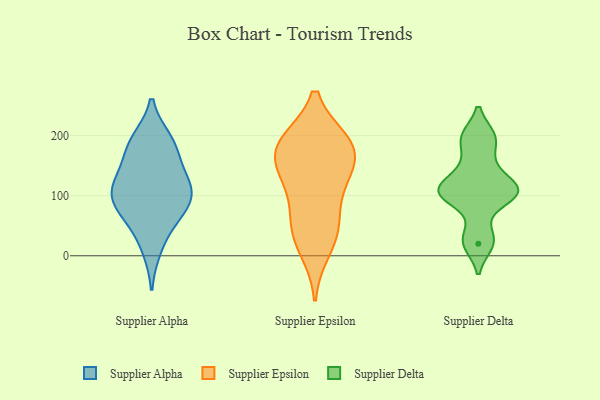
{"axis": {"x": "Humidity (%)", "y": "Value"}, "legend": ["Supplier Alpha", "Supplier Delta", "Supplier Epsilon"], "data": [{"x": "", "y": 104, "type": "Supplier Alpha"}, {"x": "", "y": 74, "type": "Supplier Alpha"}, {"x": "", "y": 122, "type": "Supplier Alpha"}, {"x": "", "y": 104, "type": "Supplier Alpha"}, {"x": "", "y": 12, "type": "Supplier Alpha"}, {"x": "", "y": 125, "type": "Supplier Alpha"}, {"x": "", "y": 98, "type": "Supplier Alpha"}, {"x": "", "y": 192, "type": "Supplier Alpha"}, {"x": "", "y": 52, "type": "Supplier Alpha"}, {"x": "", "y": 186, "type": "Supplier Alpha"}, {"x": "", "y": 151, "type": "Supplier Alpha"}, {"x": "", "y": 80, "type": "Supplier Alpha"}, {"x": "", "y": 184, "type": "Supplier Alpha"}, {"x": "", "y": 138, "type": "Supplier Epsilon"}, {"x": "", "y": 122, "type": "Supplier Epsilon"}, {"x": "", "y": 70, "type": "Supplier Epsilon"}, {"x": "", "y": 169, "type": "Supplier Epsilon"}, {"x": "", "y": 10, "type": "Supplier Epsilon"}, {"x": "", "y": 188, "type": "Supplier Epsilon"}, {"x": "", "y": 189, "type": "Supplier Epsilon"}, {"x": "", "y": 182, "type": "Supplier Epsilon"}, {"x": "", "y": 45, "type": "Supplier Epsilon"}, {"x": "", "y": 189, "type": "Supplier Epsilon"}, {"x": "", "y": 42, "type": "Supplier Epsilon"}, {"x": "", "y": 133, "type": "Supplier Epsilon"}, {"x": "", "y": 151, "type": "Supplier Delta"}, {"x": "", "y": 104, "type": "Supplier Delta"}, {"x": "", "y": 30, "type": "Supplier Delta"}, {"x": "", "y": 110, "type": "Supplier Delta"}, {"x": "", "y": 100, "type": "Supplier Delta"}, {"x": "", "y": 104, "type": "Supplier Delta"}, {"x": "", "y": 20, "type": "Supplier Delta"}, {"x": "", "y": 197, "type": "Supplier Delta"}, {"x": "", "y": 196, "type": "Supplier Delta"}, {"x": "", "y": 117, "type": "Supplier Delta"}]}